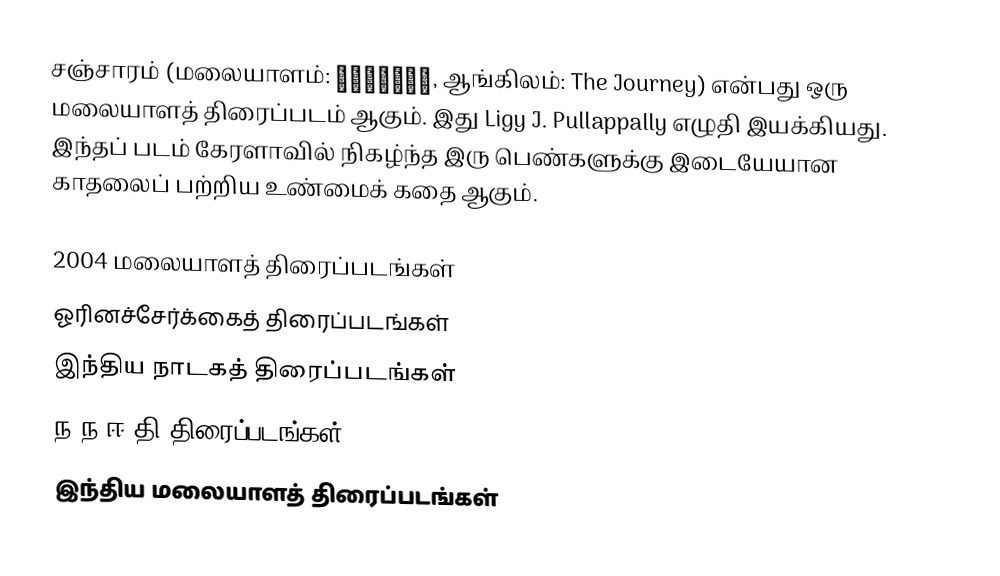
சஞ்சாரம் (மலையாளம்: സഞ്ചാരം, ஆங்கிலம்: The Journey) என்பது ஒரு மலையாளத் திரைப்படம் ஆகும். இது Ligy J. Pullappally எழுதி இயக்கியது. இந்தப் படம் கேரளாவில் நிகழ்ந்த இரு பெண்களுக்கு இடையேயான காதலைப் பற்றிய உண்மைக் கதை ஆகும்.

2004 மலையாளத் திரைப்படங்கள்
ஓரினச்சேர்க்கைத் திரைப்படங்கள்
இந்திய நாடகத் திரைப்படங்கள்
ந.ந.ஈ.தி திரைப்படங்கள்
இந்திய மலையாளத் திரைப்படங்கள்